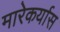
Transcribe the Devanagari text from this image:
मारेकर्यास